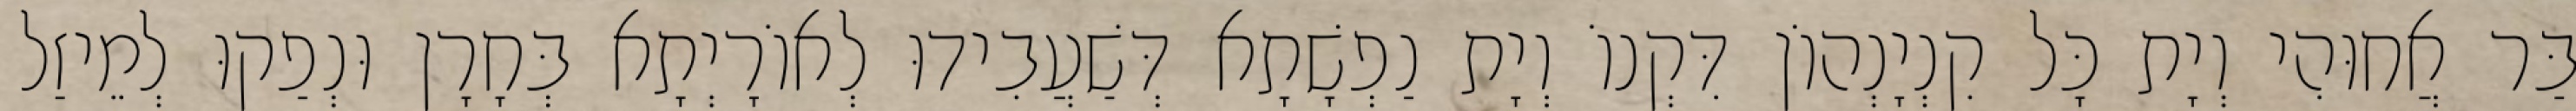
בַּר אֲחוּהִי וְיָת כָּל קִנְיָנְהוֹן דִּקְנוֹ וְיָת נַפְשָׁתָא דְּשַׁעֲבִידוּ לְאוֹרָיְתָא בְּחָרָן וּנְפַקוּ לְמֵיזַל